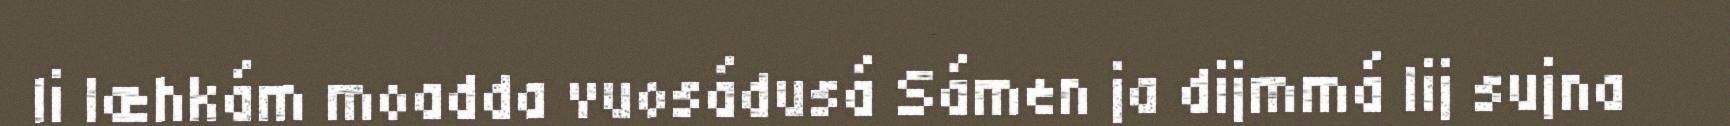
li læhkám moadda vuosádusá Sámen ja dijmmá lij sujna